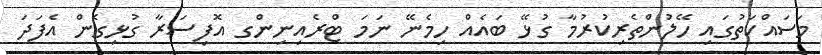
މަސައްކަތުގައި ހޭލުންތެރިކުރުމާ ގުޅޭ ބައެއް ހިމެނޭ ނަމަ ޓްރެއިނިންގ އޮފިސަރާ ގުޅިގެން އެފަދަ